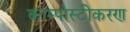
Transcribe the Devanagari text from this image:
काम्पोस्टीकरण